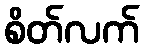
စိတ်လက်